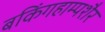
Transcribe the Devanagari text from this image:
बकिंगहाम्पशैर